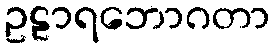
ဥဠာရဘောဂတာ